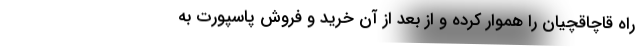
راه قاچاقچیان را هموار کرده و از بعد از آن خرید و فروش پاسپورت به